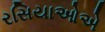
રસિયાઓએ